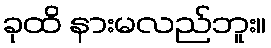
ခုထိ နားမလည်ဘူး။